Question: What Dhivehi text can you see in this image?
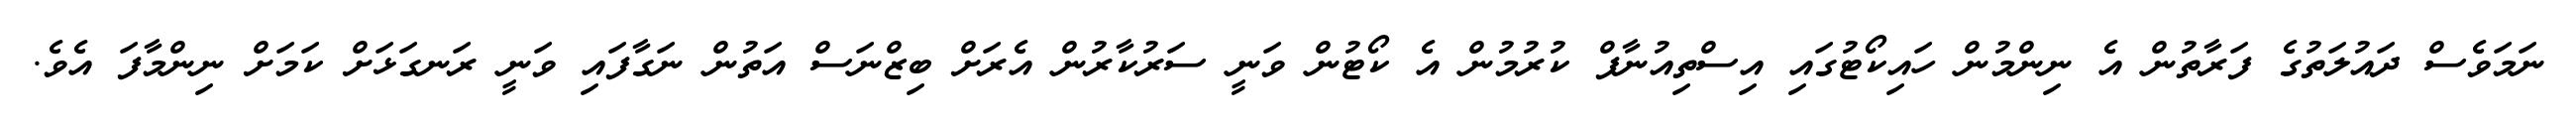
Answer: ނަމަވެސް ދައުލަތުގެ ފަރާތުން އެ ނިންމުން ހައިކޯޓުގައި އިސްތިއުނާފް ކުރުމުން އެ ކޯޓުން ވަނީ ސަރުކާރުން އެރަށް ބިޒްނަސް އަތުން ނަގާފައި ވަނީ ރަނގަޅަށް ކަމަށް ނިންމާފަ އެވެ.